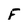
Character: F